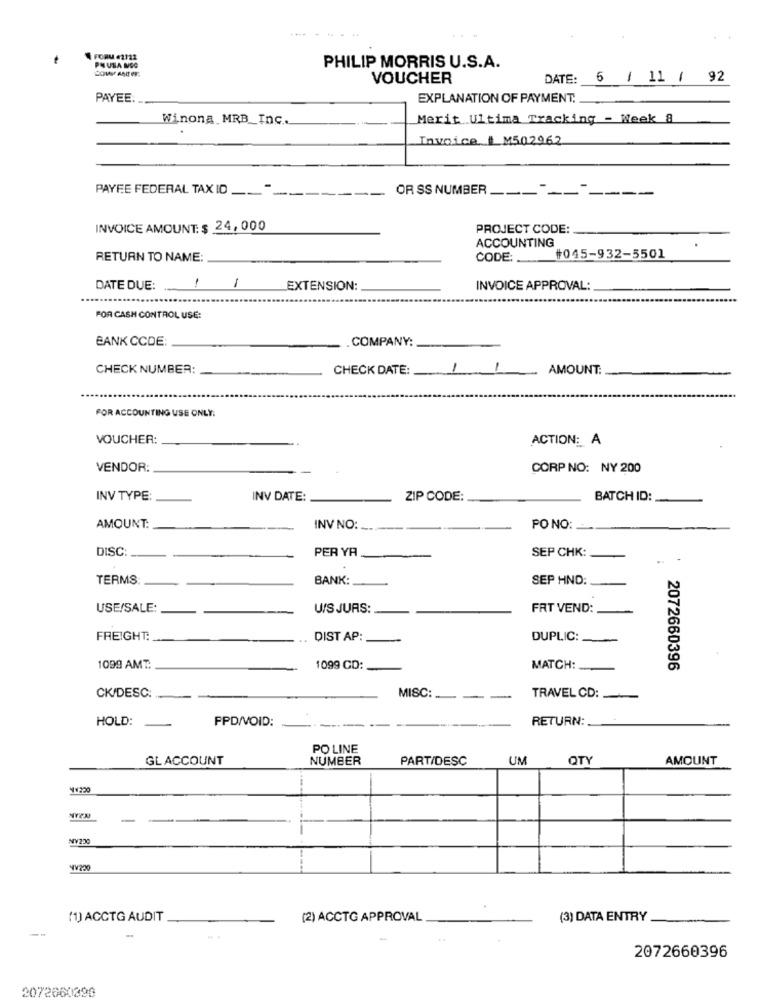
PHUSA NSQ
PHILIP MORRIS U.S.A.
VOUCHER
DATE:
6 / 11 / 92
PAYEE:
EXPLANATION OF PAYMENT:
Winona MRB_Inc ..
Merit Ultima Tracking - Week 8
Invoice 1 M502962
PAYEE FEDERAL TAX ID
OR SS NUMBER ___
- --
INVOICE AMOUNT: $ 24, 000
PROJECT CODE:
ACCOUNTING
RETURN TO NAME:
CODE: .
#045-932-5501
1
DATE DUE:
EXTENSION:
INVOICE APPROVAL:
FOR CASH CONTROL USE:
BANK CCDE:
COMPANY:
CHECK NUMBER:
CHECK DATE:
11
AMOUNT:
FOR ACCOUNTING USE ONLY:
VOUCHER:
ACTION: A
VENDOR:
CORP NO: NY 200
INV TYPE:
INV DATE:
ZIP CODE:
BATCH ID:
AMOUNT:
INV NO:
PO NO:
DISC
PER YA
SEP CHK:
TERMS
BANK:
SEP HND:
USE/SALE:
U/S JUAS:
FRT VEND:
FREIGHT:
DIST AP:
DUPLIC:
1099 AMT:
1099 CD:
MATCH:
2072660396
CK/DESC:
MISC :---
TRAVEL CD:
HOLD:
RETURN:
PPD/VOID:
-
PO LINE
GL ACCOUNT
NUMBER
PART/DESC
UM
QTY
AMOUNT
WW220
NIEN
-
CZAN
TV230
(1) ACCTG AUDIT
(2) ACCTG APPROVAL
(3) DATA ENTRY
2072660396
2072660390